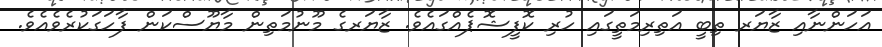
އަހަންނާއި ޒާޔަރ ތިބީ އަތިރިމަތީގައި ހުރި ކޮފީޝޮޕެއްގައެވެ. ޒާޔަރގެ މޫނުމަތިން މާޔޫސްކަން ފާހަގަކުރެވެއެވެ.